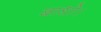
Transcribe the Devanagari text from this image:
बाधो।